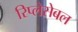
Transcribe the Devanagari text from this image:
रिप्लेसेबल